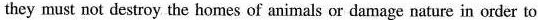
they must not destroy the homes of animals or damage nature in order to